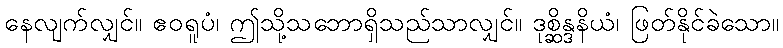
နေလျက်လျှင်။ ဧဝရူပံ၊ ဤသို့သဘောရှိသည်သာလျှင်။ ဒုစ္ဆိန္ဒနိယံ၊ ဖြတ်နိုင်ခဲသော။